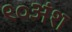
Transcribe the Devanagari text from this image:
९०अंश